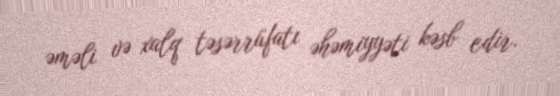
əməli və xalq təsərrüfatı əhəmiyyəti kəsb edir.